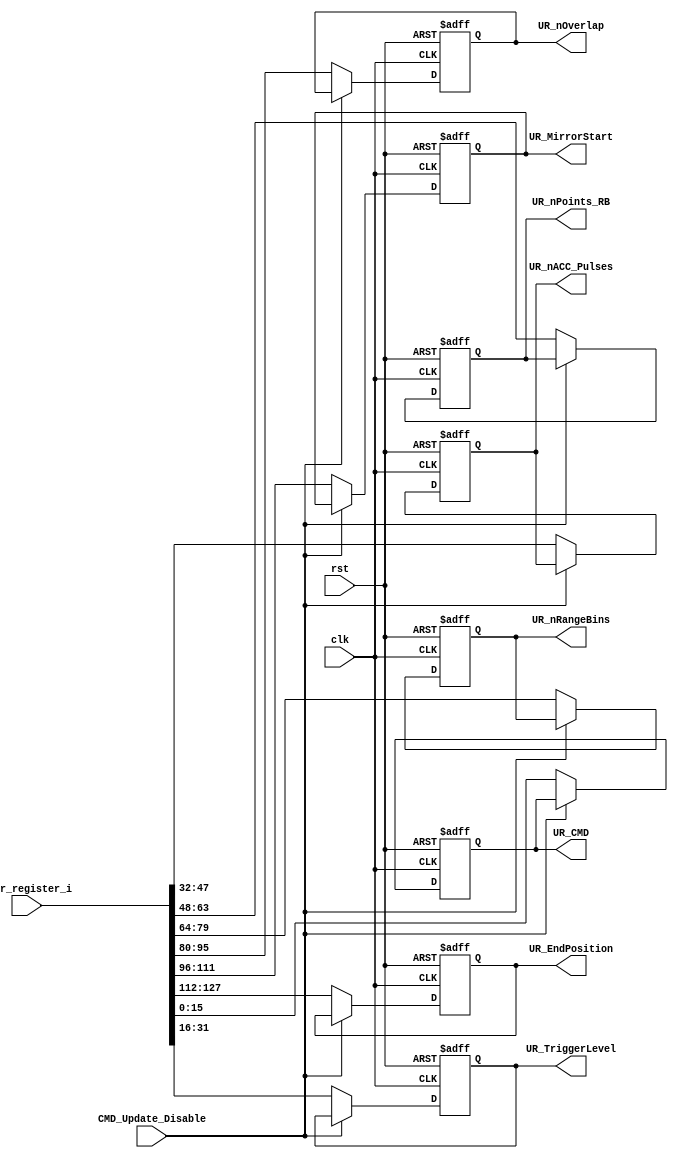
`timescale 1ns / 1ps
//==============================================================================
// Copyright (C) 2017 By GUO Pan
// guopan@bit.edu.cn, All Rights Reserved
//==============================================================================
// Module : 	SPI_CMD
// Contact : 	guopan@bit.edu.cn
//==============================================================================
// Description :	SPI
//==============================================================================

module SPI_CMD
       (
           input wire clk,
           input wire rst,
           input wire CMD_Update_Disable,
           input wire [16*8-1:0] user_register_i,

           output reg [15:0] UR_EndPosition,
           output reg [15:0] UR_MirrorStart,
           output reg [15:0] UR_nOverlap,
           output reg [15:0] UR_nRangeBins,
           output reg [15:0] UR_nPoints_RB,
           output reg [15:0] UR_nACC_Pulses,
           output reg [15:0] UR_TriggerLevel,
           output reg [15:0] UR_CMD
       );

//
always @(posedge clk or posedge rst)
begin
    if(rst == 1)
    begin
        UR_EndPosition  = 0;
        UR_MirrorStart  = 0;
        UR_nOverlap     = 0;
        UR_nRangeBins   = 0;
        UR_nPoints_RB   = 0;
        UR_nACC_Pulses  = 0;
        UR_TriggerLevel = 0;
        UR_CMD          = 0;
    end
    else if (CMD_Update_Disable == 0)
    begin
        UR_EndPosition   = user_register_i[8*16-1:7*16];
        UR_MirrorStart   = user_register_i[7*16-1:6*16];
        UR_nOverlap      = user_register_i[6*16-1:5*16];
        UR_nRangeBins    = user_register_i[5*16-1:4*16];
        UR_nPoints_RB    = user_register_i[4*16-1:3*16];
        UR_nACC_Pulses   = user_register_i[3*16-1:2*16];
        UR_TriggerLevel  = user_register_i[2*16-1:1*16];
        UR_CMD           = user_register_i[1*16-1:0*16];
    end
end
endmodule